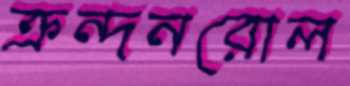
ক্রন্দনরোল